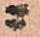
ニ